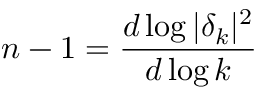
n - 1 = \frac { d \log | \delta _ { k } | ^ { 2 } } { d \log k }